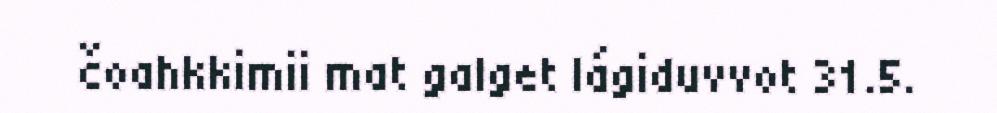
čoahkkimii mat galget lágiduvvot 31.5.